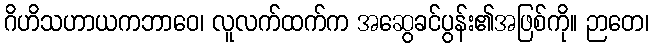
ဂိဟိသဟာယကဘာဝေ၊ လူလက်ထက်က အဆွေခင်ပွန်း၏အဖြစ်ကို။ ဉာတေ၊